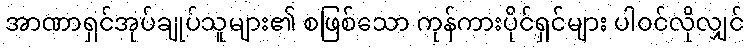
အာဏာရှင်အုပ်ချုပ်သူများ၏ စဖြစ်သော ကုန်ကားပိုင်ရှင်များ ပါဝင်လိုလျှင်